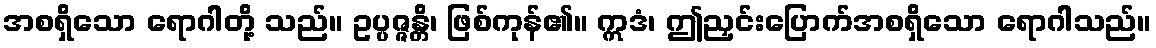
အစရှိသော ရောဂါတို့ သည်။ ဥပ္ပဇ္ဇန္တိ၊ ဖြစ်ကုန်၏။ ဣဒံ၊ ဤညှင်းပြောက်အစရှိသော ရောဂါသည်။